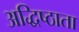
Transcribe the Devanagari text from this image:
अद्धिष्ठाता